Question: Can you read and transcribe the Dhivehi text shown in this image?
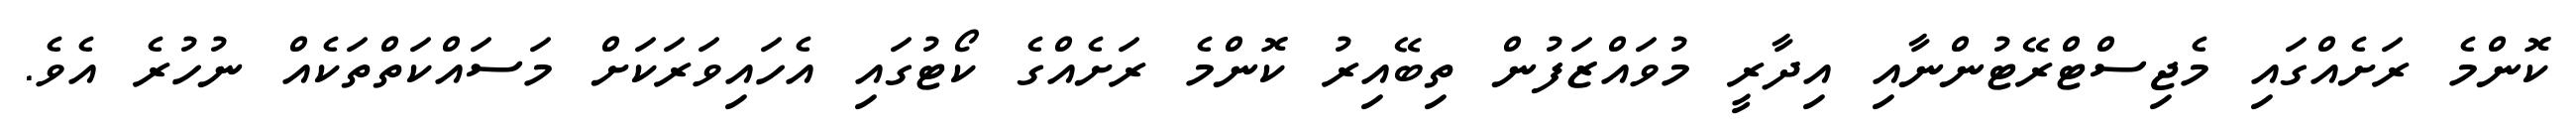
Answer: ކޮންމެ ރަށެއްގައި މެޖިސްޓްރޭޓުންނާއި އިދާރީ މުވައްޒަފުން ތިބޭއިރު ކޮންމެ ރަށެއްގެ ކޯޓުގައި އެހައިވަރަކަށް މަސައްކަތްތަކެއް ނުހުރެ އެވެ.